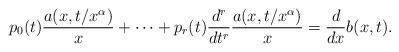
\begin{align*} p_0(t)\frac{a(x,t/x^{\alpha})}{x} + \cdots + p_r(t) \frac{d^r}{dt^r}\frac{a(x,t/x^{\alpha})}{x} = \frac{d}{dx}b(x,t). \end{align*}